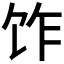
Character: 𫗢